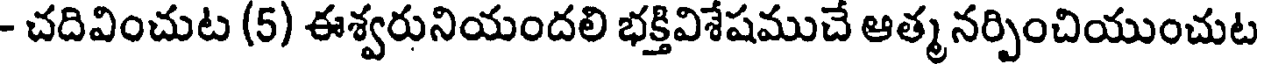
- చదివించుట (5) ఈశ్వరునియందలి భక్తివిశేషముచే ఆత్మ నర్పించియుంచుట